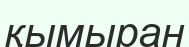
қымыран